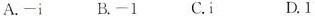
A.-i B.-1 C.i D.1